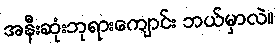
အနီးဆုံးဘုရားကျောင်း ဘယ်မှာလဲ။